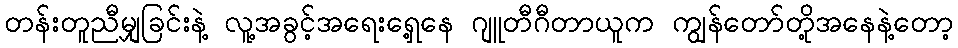
တန်းတူညီမျှခြင်းနဲ့ လူ့အခွင့်အရေးရှေ့နေ ဂျူတီဂီတာယူက ကျွန်တော်တို့အနေနဲ့တော့